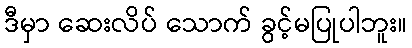
ဒီမှာ ဆေးလိပ် သောက် ခွင့်မပြုပါဘူး။